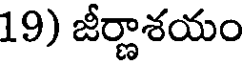
19) జీర్ణాశయం